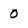
Character: 0